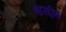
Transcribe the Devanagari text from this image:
भारदीय